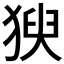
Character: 𱮍